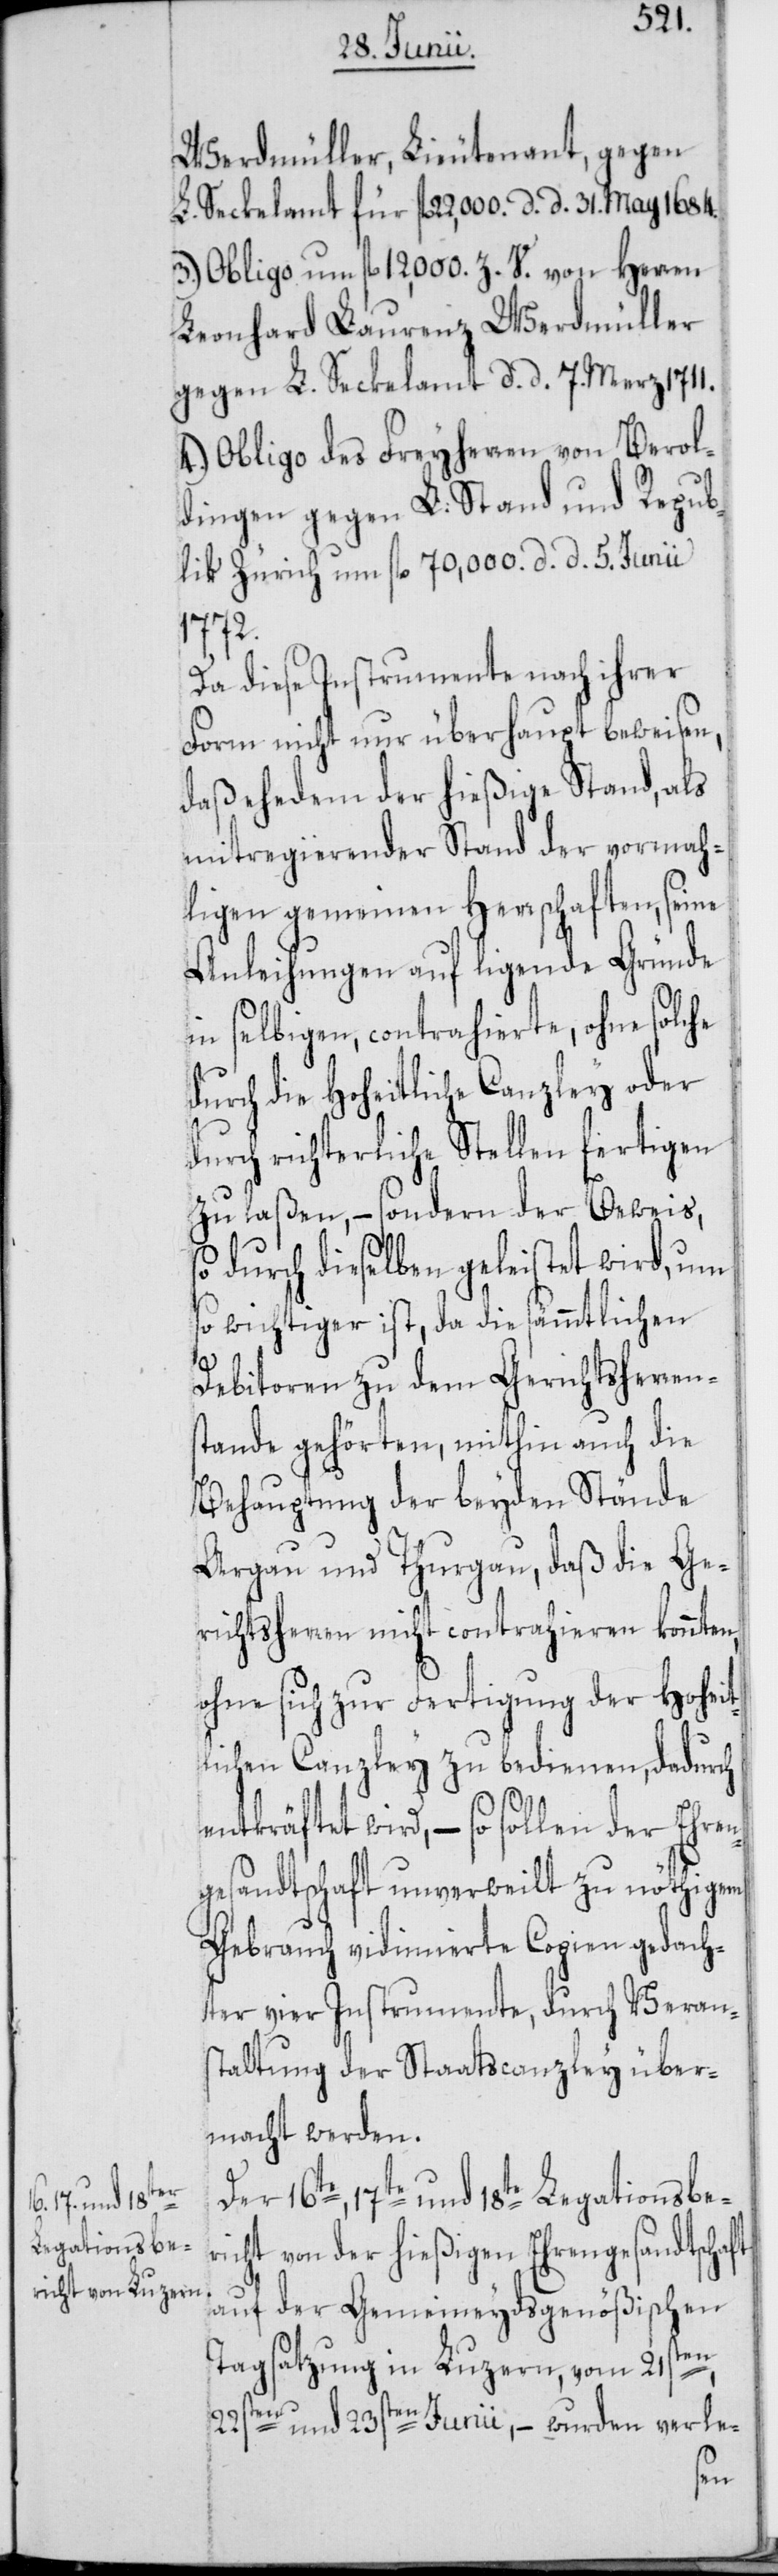
Werdmüller, Lieutenant, gegen
L. Seckelamt für fl. 22,000. d. d. 31. May 1684.
3.) Obligo um fl. 12,000. Z. V. von Herren
Leonhard Laurenz Werdmüller
gegen L. Seckelamt d. d. 7. Merz 1711.
4.) Obligo des Freyherren von Berol¬
dingen gegen L. Stand und Repub¬
lik Zürich um fl. 70,000. d. d. 5. Junii
1772.
Da diese Instrumente nach ihrer
Form nicht nur überhaupt beweisen,
daß ehedem der hießige Stand, als
mitregierender Stand der vormah¬
ligen gemeinen Herrschaften, seine
Anleihungen auf ligende Gründe
in selbigen, contrahierte, ohne solche
durch die Hoheitliche Canzley oder
durch richterliche Stellen fertigen
zu laßen, – sondern der Beweis,
so durch dieselben geleistet wird, um
so wichtiger ist, da die sämmtlichen
Debitoren zu dem Gerichtsherrens¬
tande gehörten, mithin auch die
Behauptung der beyden Stände
Argau und Thurgau, daß die Ge¬
richtsherren nicht contrahieren könnten,
ohne sich zur Fertigung der Hohei¬
tlichen Canzley zu bedienen, dadurch
ntkräftet wird, – so sollen der Ehren¬
gesandtschaft unverweilt zu nöthigem
Gebrauch vidimierte Copien gedach¬
ter vier Instrumente, durch Verans¬
taltung der Staatscanzley über¬
macht werden.
Der 16te, 17te und 18te Legationsbe¬
richt von der hießigen Ehrengesandtschaft
auf der Gemeineydsgenößischen
Tagsatzung in Luzern, vom 21sten,
22sten und 23sten Junii, – wurden verle-
e¬